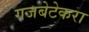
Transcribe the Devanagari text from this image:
गजबेटेकरा